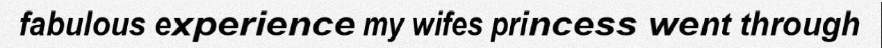
fabulous experience my wifes princess went through